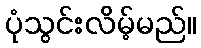
ပုံသွင်းလိမ့်မည်။